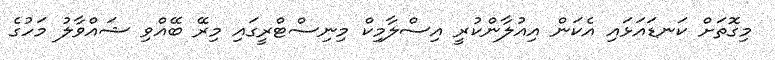
މިގޮތަށް ކަނޑައަޅައި އެކަން އިއުލާންކުރީ އިސްލާމިކް މިނިސްޓްރީގައި މިރޭ ބޭއްވި ޝައްވާލު މަހުގެ